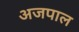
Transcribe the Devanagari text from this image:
अजपाल